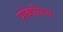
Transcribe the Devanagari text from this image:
पोकेलिन